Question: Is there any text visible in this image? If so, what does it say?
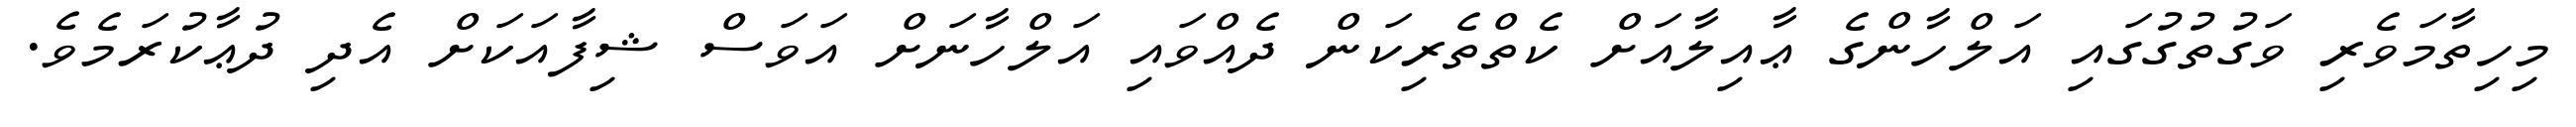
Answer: މިހިތާމަވެރި ވަގުތުގުގައި އަލްހާންގެ ޢާއިލާއަށް ކެތްތެރިކަން ދެއްވައި އަލްހާނަށް އަވަސް ޝިފާއަކަށް އެދި ދުޢާކުރަމެވެ.